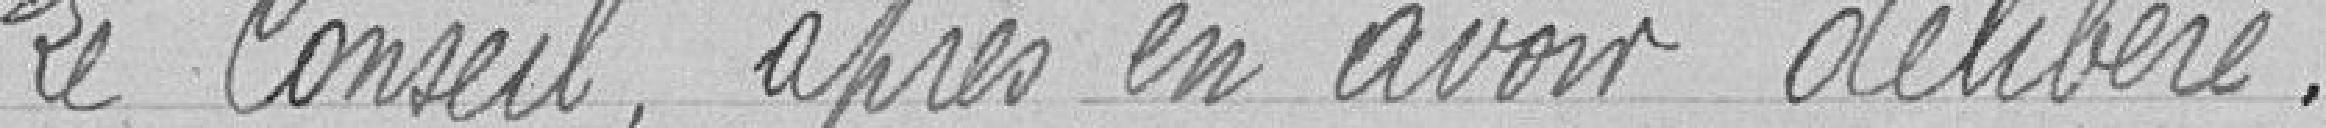
Le Conseil, après en avoir délibéré,